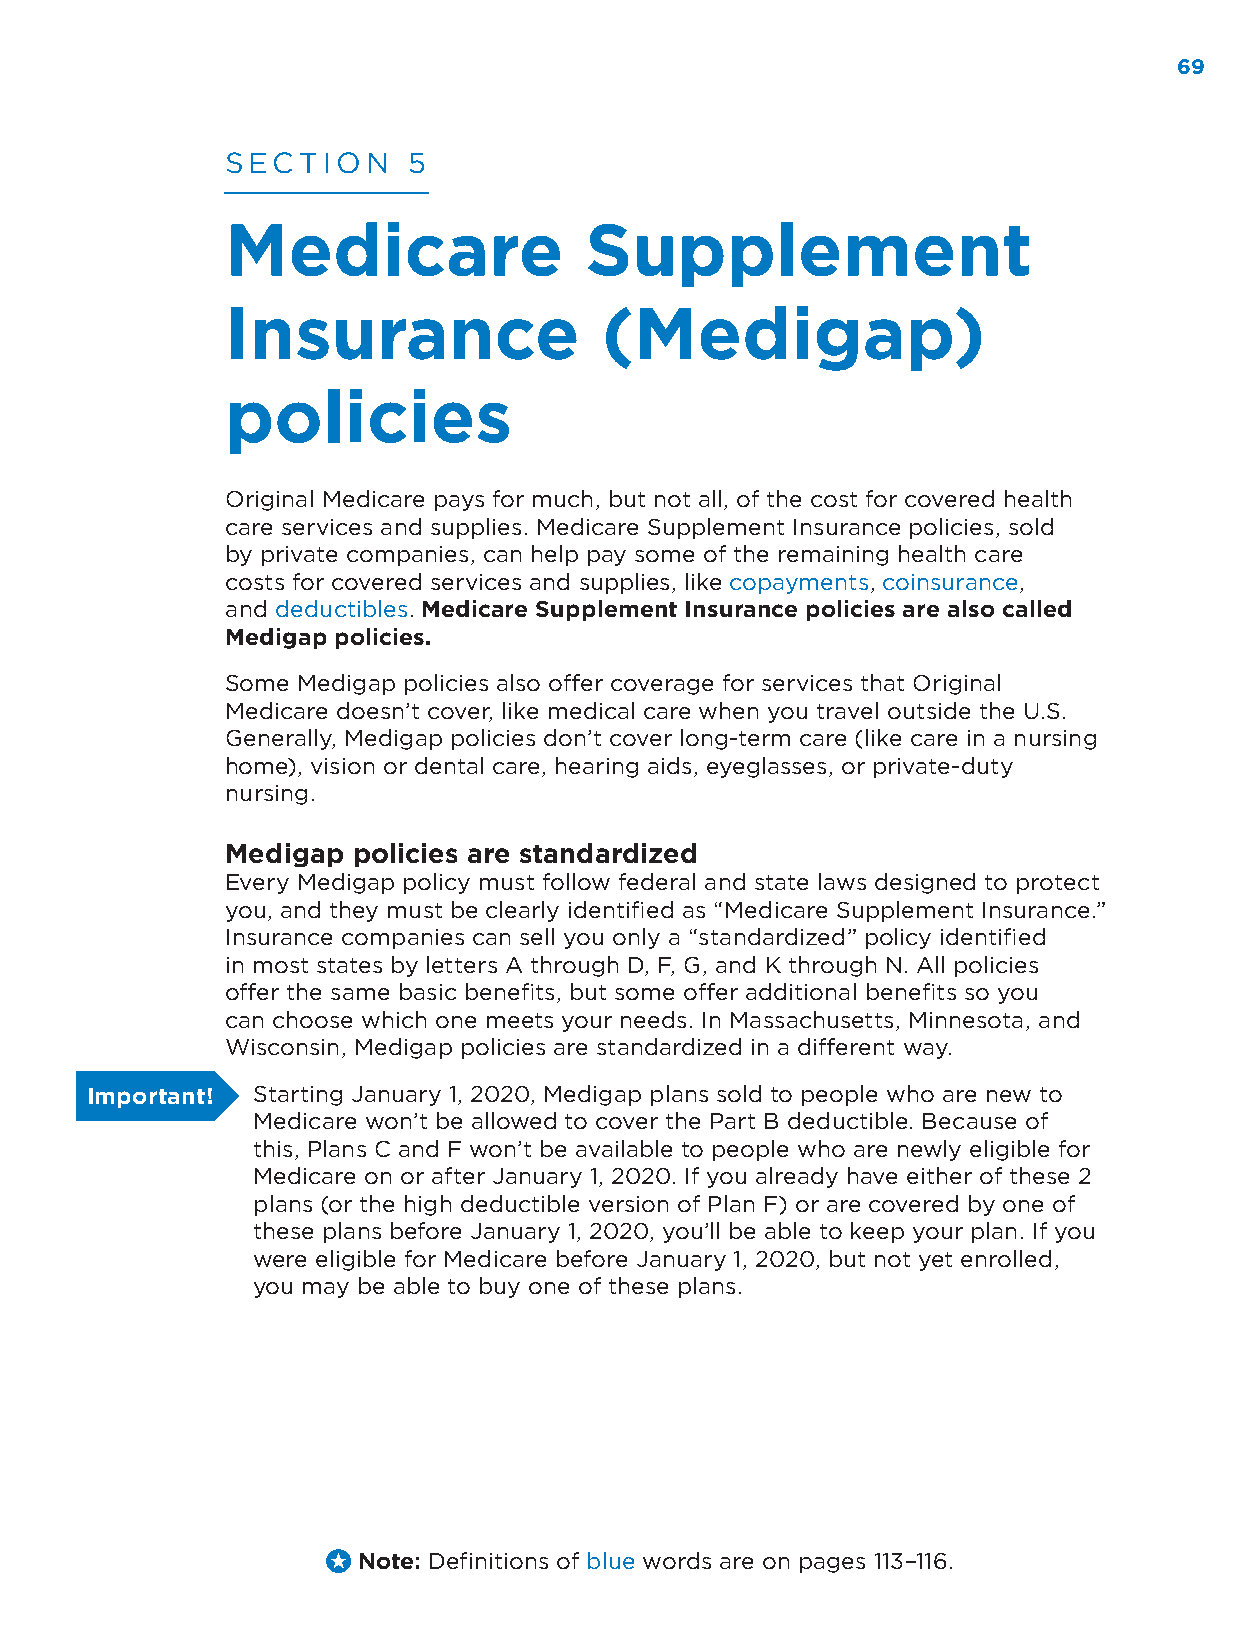
69
 SECTION     5
 Medicare                Supplement
 Insurance                (Medigap)
 policies
 Original Medicare pays for much, but not all, of the cost for covered health
 care services and supplies. Medicare Supplement Insurance policies, sold
 by private companies, can help pay some of the remaining health care
 costs for covered services and supplies, like copayments, coinsurance,
 and deductibles. Medicare Supplement Insurance policies are also called
 Medigap policies.
 Some Medigap policies also offer coverage for services that Original
 Medicare doesn’t cover, like medical care when you travel outside the U.S.
 Generally, Medigap policies don’t cover long-term care (like care in a nursing
 home), vision or dental care, hearing aids, eyeglasses, or private-duty
 nursing.
 Medigap policies are standardized
 Every Medigap policy must follow federal and state laws designed to protect
 you, and they must be clearly identified as “Medicare Supplement Insurance.”
 Insurance companies can sell you only a “standardized” policy identified
 in most states by letters A through D, F, G, and K through N. All policies
 offer the same basic benefits, but some offer additional benefits so you
 can choose which one meets your needs. In Massachusetts, Minnesota, and
 Wisconsin, Medigap policies are standardized in a different way.
 Important! Starting January 1, 2020, Medigap plans sold to people who are new to
 Medicare won’t be allowed to cover the Part B deductible. Because of
 this, Plans C and F won’t be available to people who are newly eligible for
 Medicare on or after January 1, 2020. If you already have either of these 2
 plans (or the high deductible version of Plan F) or are covered by one of
 these plans before January 1, 2020, you’ll be able to keep your plan. If you
 were eligible for Medicare before January 1, 2020, but not yet enrolled,
 you may be able to buy one of these plans.
 Note: Definitions of blue words are on pages 113–116.